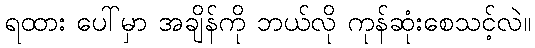
ရထား ပေါ်မှာ အချိန်ကို ဘယ်လို ကုန်ဆုံးစေသင့်လဲ။